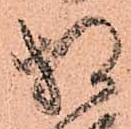
相